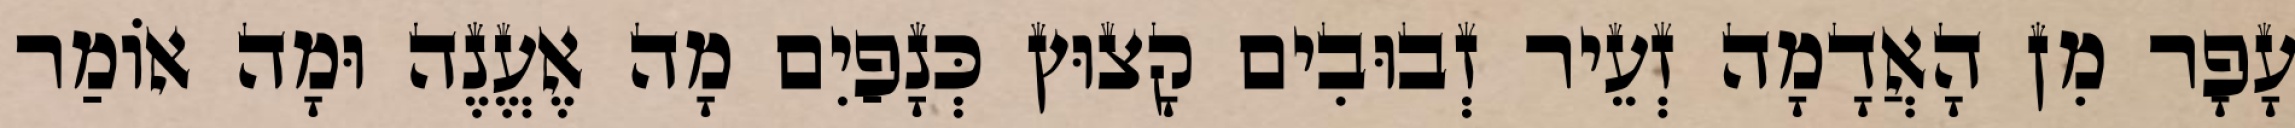
עָפָר מִן הָאֲדָמָה זְעֵיר זְבוּבִים קָצוּץ כְּנָפַיִם מָה אֶעֱנֶה וּמָה אוֹמַר